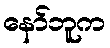
နော်ဘူက